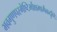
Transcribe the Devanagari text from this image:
भवगुणपरमेष्टिर्मोक्षमार्गैकदृष्टिः